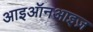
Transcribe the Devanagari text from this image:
आइऑनआइज़